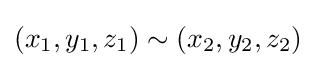
(x_{1},y_{1},z_{1})\sim (x_{2},y_{2},z_{2})